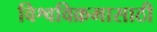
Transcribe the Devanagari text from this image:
विश्वविक्रमासाठी